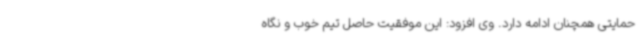
حمایتی همچنان ادامه دارد. وی افزود: این موفقیت حاصل تیم خوب و نگاه